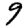
Digit: 9